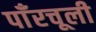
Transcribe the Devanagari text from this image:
पाँरचूली